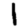
Digit: 1